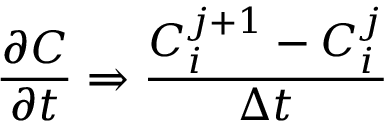
{ \frac { \partial C } { \partial t } } \Rightarrow { \frac { C _ { i } ^ { j + 1 } - C _ { i } ^ { j } } { \Delta t } }